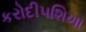
કરોદીપશિખા